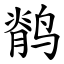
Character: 鹡